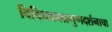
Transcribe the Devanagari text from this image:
विविधकलागुणदर्शनाचा